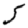
Digit: 5